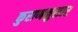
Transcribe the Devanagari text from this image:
कुराणनुसार